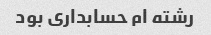
رشته ام حسابداری بود